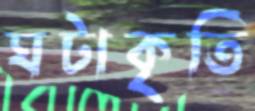
ঘটাকৃতি